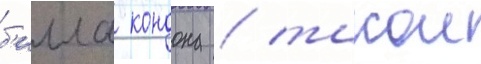
б'илла кондона / такои